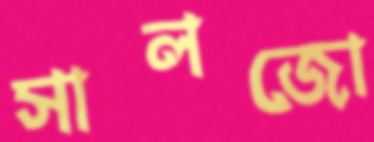
সালজো